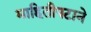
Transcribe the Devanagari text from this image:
माहितीपटाने